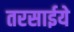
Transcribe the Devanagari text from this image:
तरसाईये